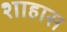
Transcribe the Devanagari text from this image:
शाहास